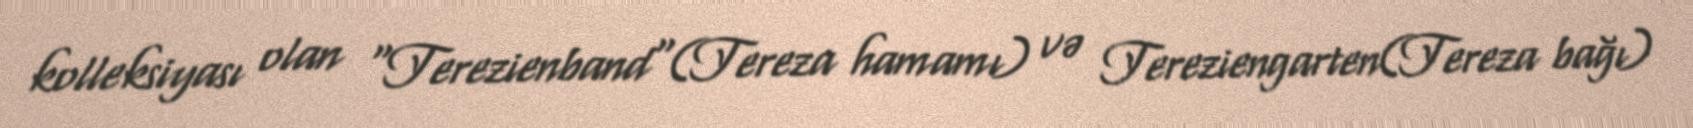
kolleksiyası olan "Terezienband"(Tereza hamamı) və Tereziengarten(Tereza bağı)